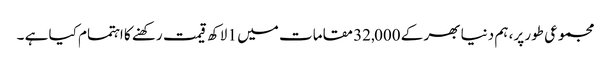
مجموعی طور پر، ہم دنیا بھر کے 32,000 مقامات میں 1 لاکھ قیمت رکھنے کا اہتمام کیا ہے ۔